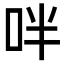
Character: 𠰢